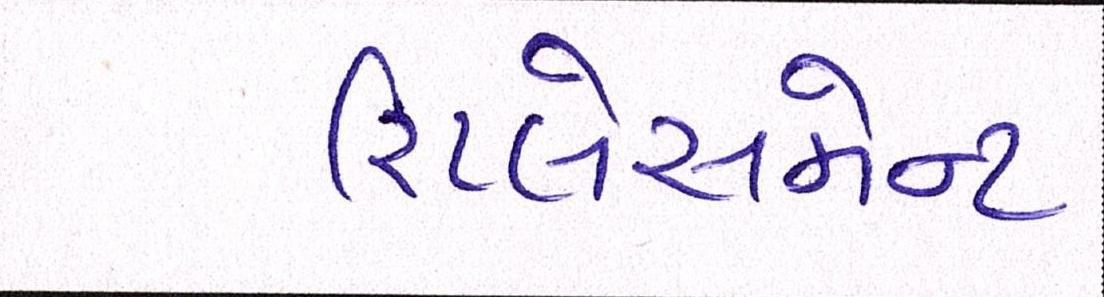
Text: રિપ્લેસમેન્ટ